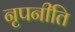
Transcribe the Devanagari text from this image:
नृपनीति